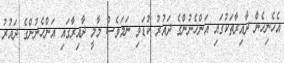
އެހެނިހެން ދާއިރާތަކުގައި އަންހެނުންގެ ދައުރު ކުޑަވި ނަމަވެސް މާލީ ދާއިރާގައި އަންހެނުންގެ ދައުރު